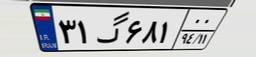
۳۱گ۶۸۱۰۰